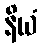
နိယံ